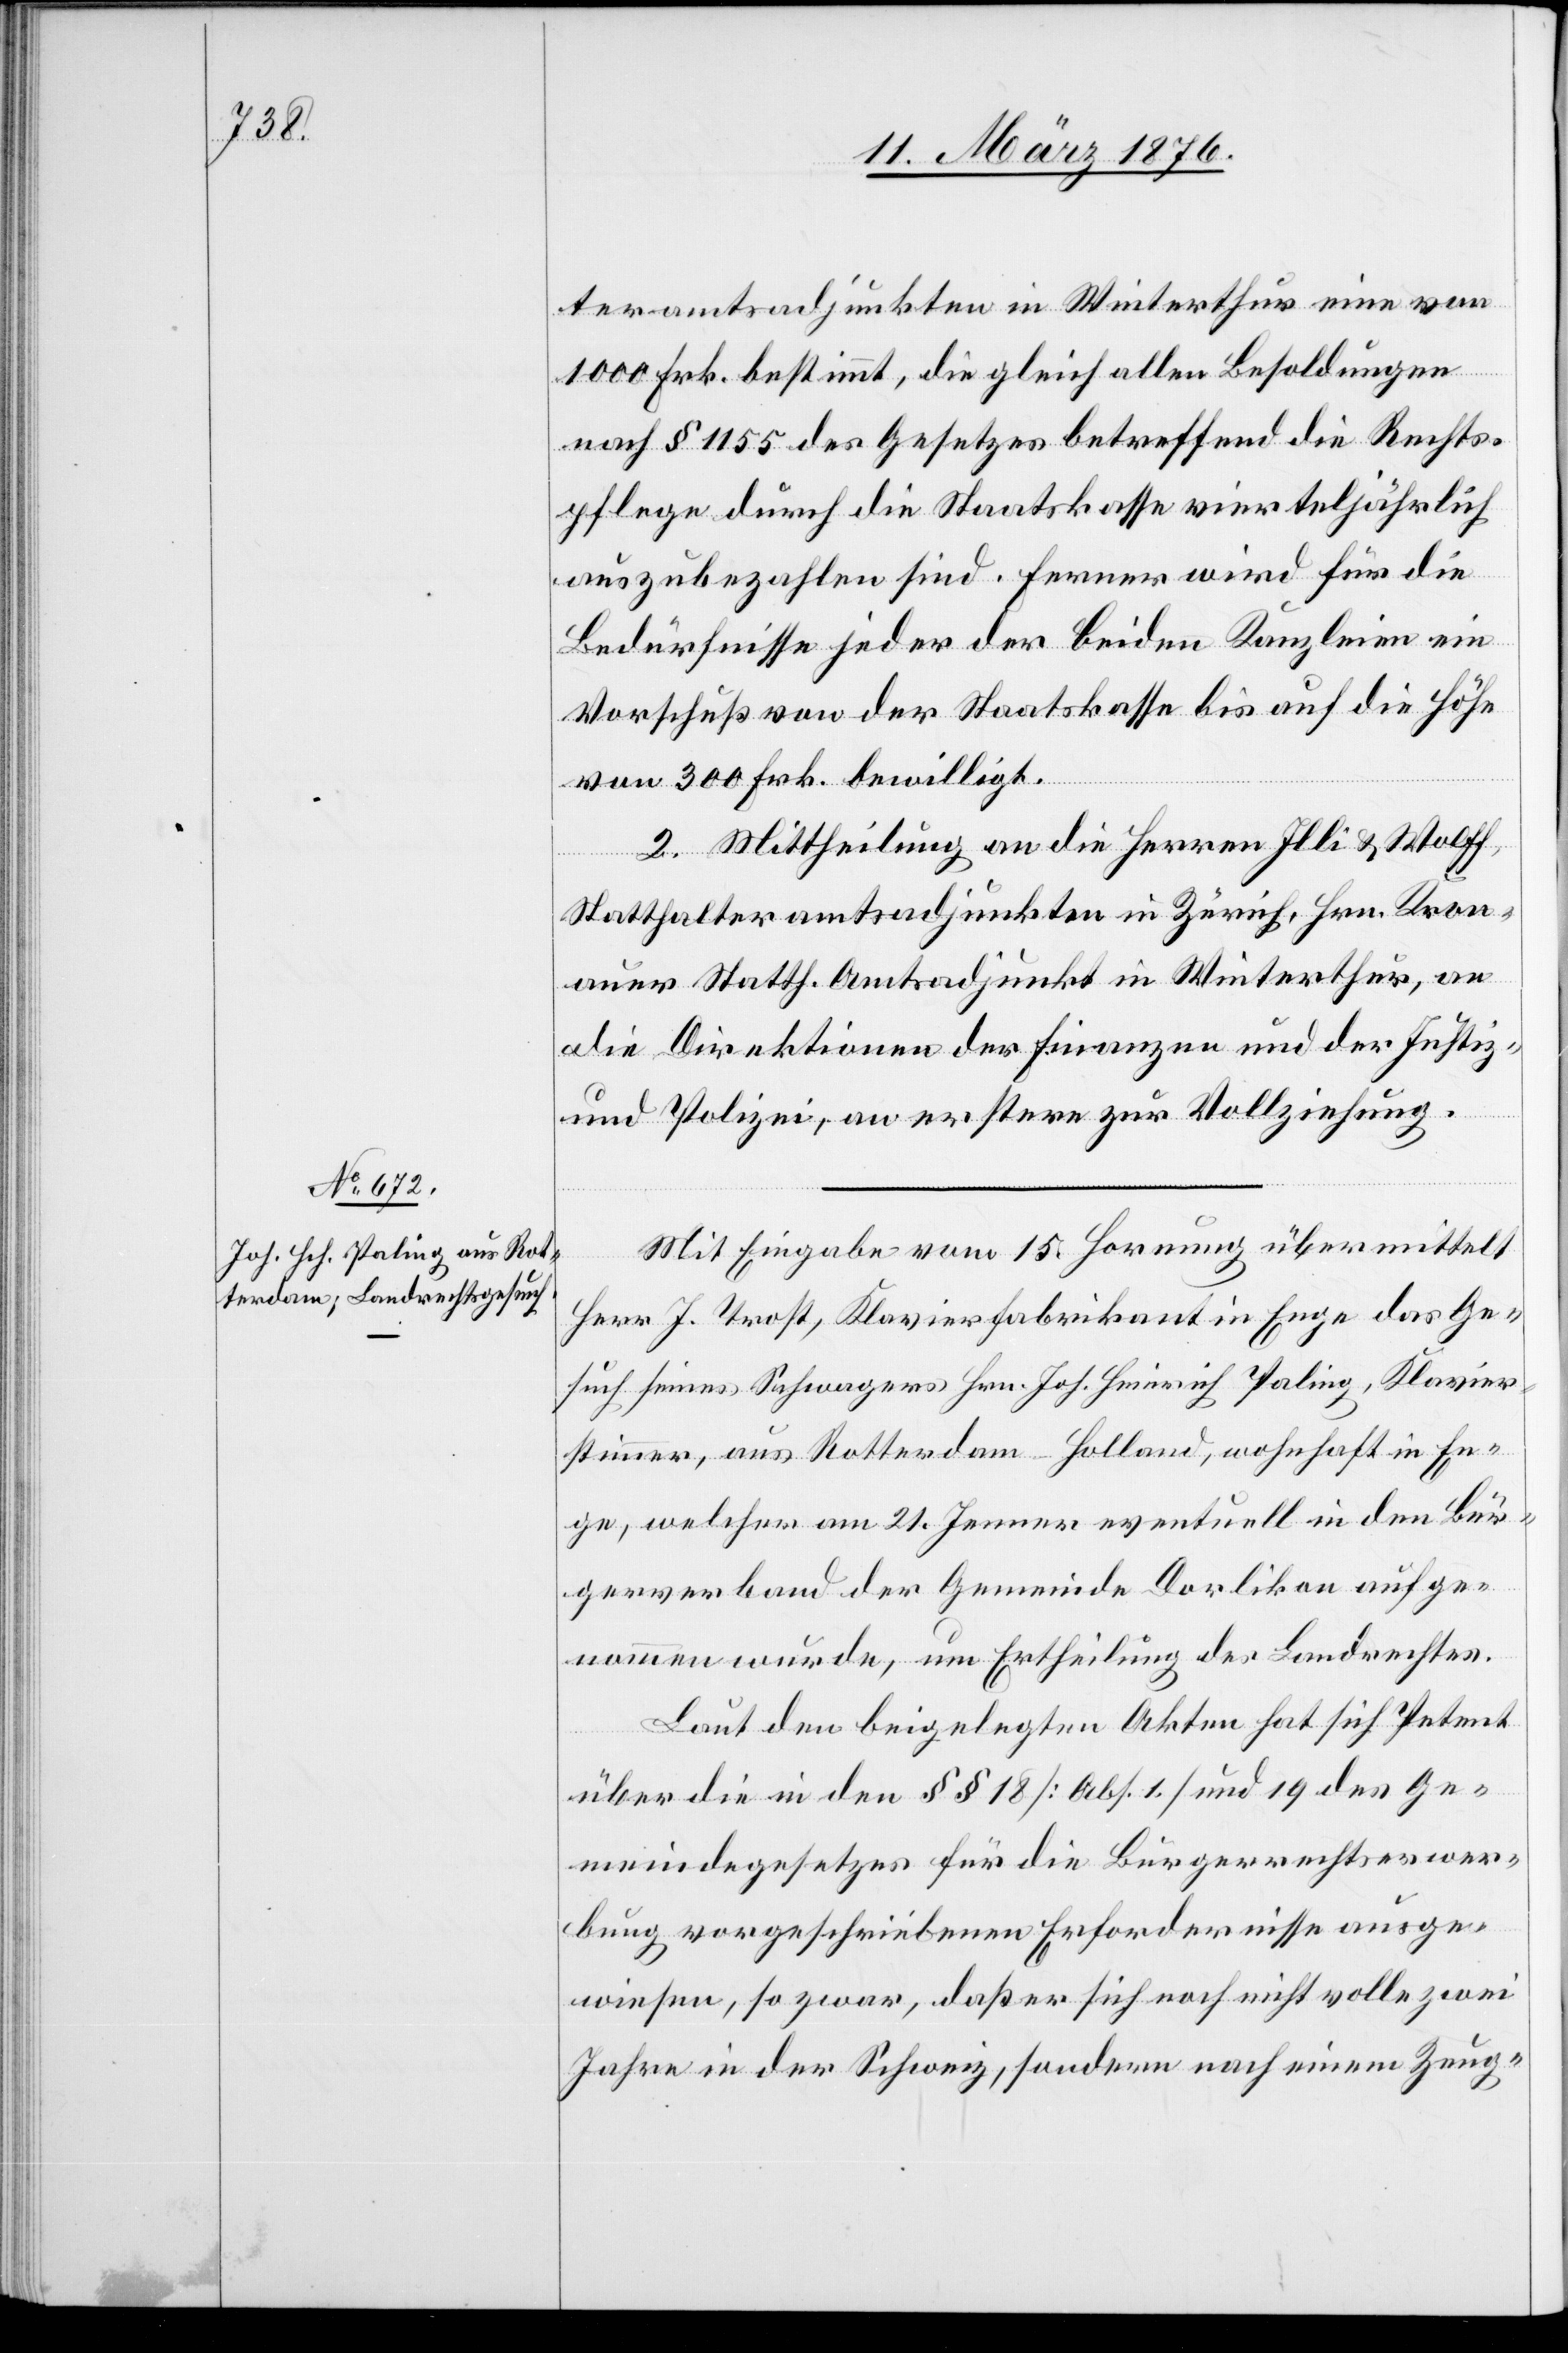
teramtsadjunkten in Winterthur eine von
1000 Frk. bestimmt, die gleich allen Besoldungen
nach § 1155 des Gesetzes betreffend die Rechts¬
pflege durch die Staatskasse vierteljährlich
auszubezahlen sind. Ferner wird für die
Bedürfnisse jeder der beiden Kanzleien ein
Vorschuß von der Staatskasse bis auf die Höhe
von 300 Frk. bewilligt.
2. Mittheilung an die Herren Illi & Wolff,
Statthalteramtsadjunkten in Zürich, Hrn. Kron¬
auer Statth. Amtsadjunkt in Winterthur, an
die Direktionen der Finanzen und der Justiz-
und Polizei, an erstere zur Vollziehung.